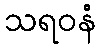
သရဝနံ